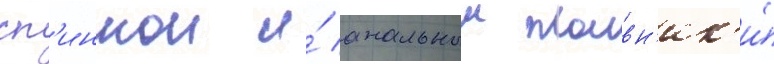
сп'иннои и́ анальныи плавн'ик'и́